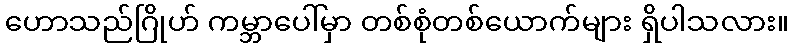
ဟောသည်ဂြိုဟ် ကမ္ဘာပေါ်မှာ တစ်စုံတစ်ယောက်များ ရှိပါသလား။